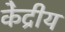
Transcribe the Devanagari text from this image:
के॓द्रीय